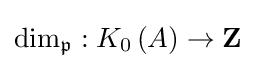
\dim _{\mathfrak {p}}:K_{0}\left(A\right)\to \mathbf {Z}